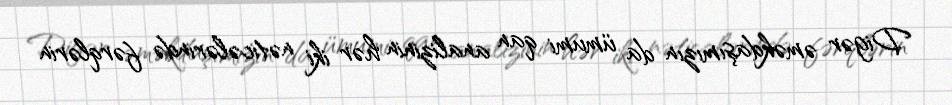
Digər əməkdaşımızın da ümumi qan analizinin hər iki nəticələrində fərqlərin